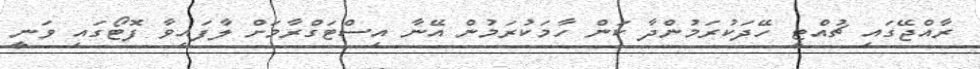
ރާއްޖޭގައި ޗުއްޓީ ހޭދަކުރަމުންދާ ކަން ހާމަކުރަމުން އޭނާ އިސްޓަގްރާމަށް ލާފައިވާ ފޮޓޯގައި ވަނީ